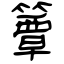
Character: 簟